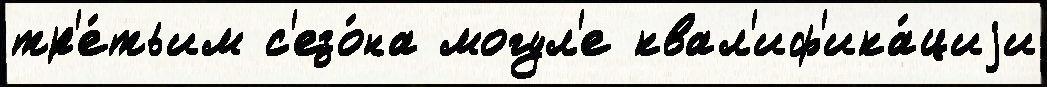
тр'е́тьим с'езо́на могул'е квал'иф'ика́циjи